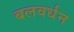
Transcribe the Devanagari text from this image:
बलवर्धन